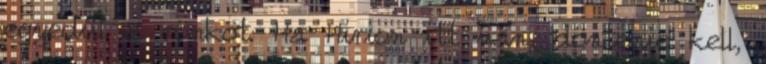
egyedül a rönköt. Ha Hirion itt van, döntenie kell,